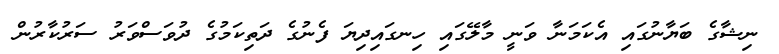
ނިޝާގެ ބަޔާނުގައި އެކަމަނާ ވަނީ މާލޭގައި ހިނގައިދިޔަ ފެނުގެ ދަތިކަމުގެ ދުވަސްވަރު ސަރުކާރުން